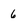
Character: 6